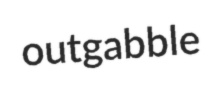
outgabble